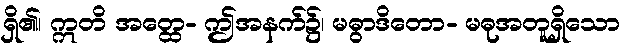
ရှိ၏၊ ဣတိ အတ္ထေ- ဤအနက်၌၊ မဓွာဒိတော- မဓုအတူရှိသော